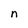
Character: n